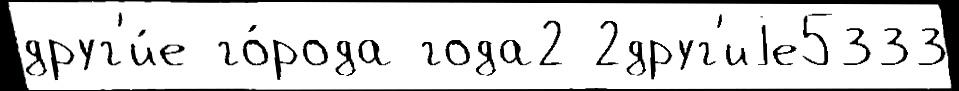
друг'и́е го́рода года2 2друг'иjе5333